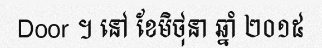
Door ។ នៅ ខែមិថុនា ឆ្នាំ ២០១៥